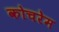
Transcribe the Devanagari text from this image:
कोचरेम